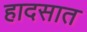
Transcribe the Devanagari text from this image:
हादसात